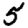
Digit: 5